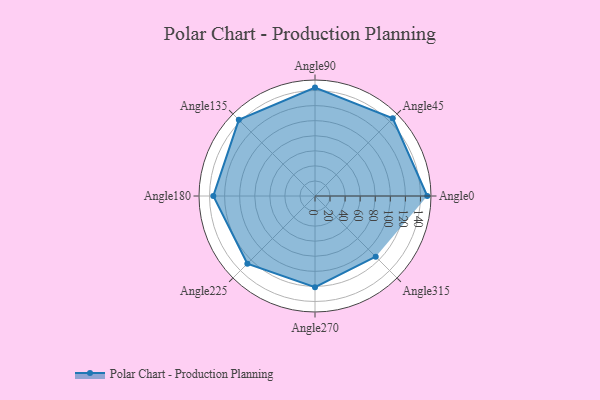
{"axis": {"x": "Angle", "y": "Radius"}, "legend": [""], "data": [{"x": "Angle0", "y": 149.0, "type": ""}, {"x": "Angle45", "y": 146.0, "type": ""}, {"x": "Angle90", "y": 144.0, "type": ""}, {"x": "Angle135", "y": 143.0, "type": ""}, {"x": "Angle180", "y": 135.0, "type": ""}, {"x": "Angle225", "y": 127.0, "type": ""}, {"x": "Angle270", "y": 121.0, "type": ""}, {"x": "Angle315", "y": 114.0, "type": ""}]}